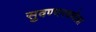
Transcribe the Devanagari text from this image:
सुवण्णरयणेल्ला